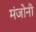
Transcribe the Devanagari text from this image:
मंजोनी